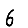
Digit: 6